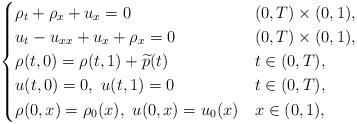
LaTeX: \begin{align*}\begin{dcases}\rho_t+\rho_x +u_{x} =0 & (0,T)\times (0,1),\\ u_{t} - u_{xx} + u_x +\rho_x =0 & (0,T)\times (0,1),\\ \rho(t,0)= \rho(t,1)+ \widetilde p(t) & t\in (0,T) , \\u(t,0)=0, \ u(t,1)=0 & t\in (0,T) ,\\\rho(0,x)=\rho_0(x),\ u(0,x)= u_0(x) & x\in(0,1),\end{dcases}\end{align*}